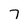
Character: 7